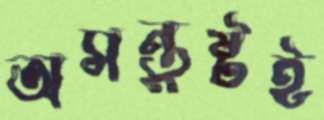
অসন্তুষ্টই